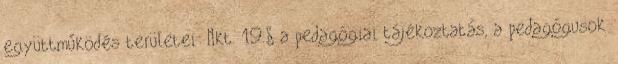
együttműködés területei: Nkt. 19.§ a pedagógiai tájékoztatás, a pedagógusok